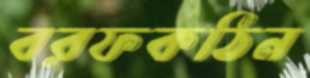
বরফকঠিন